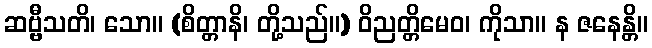
ဆဗ္ဗီသတိ၊ သော။ (စိတ္တာနိ၊ တို့သည်။) ဝိညတ္တိမေဝ၊ ကိုသာ။ န ဇနေန္တိ။